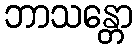
ဘာသန္တော